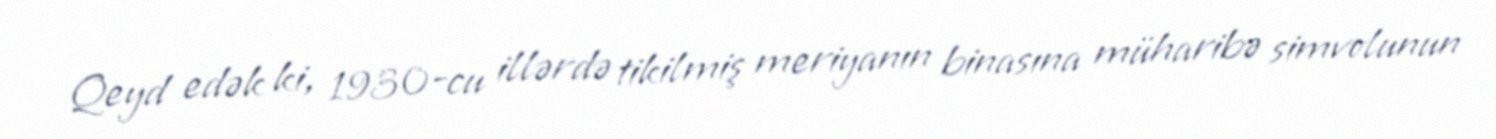
Qeyd edək ki, 1930-cu illərdə tikilmiş meriyanın binasına müharibə simvolunun